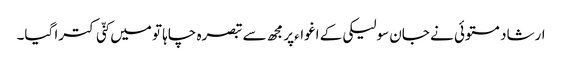
ارشاد مستوئی نے جان سولیکی کے اغواءپر مجھ سے تبصرہ چاہا تو میں کنّی کترا گیا۔